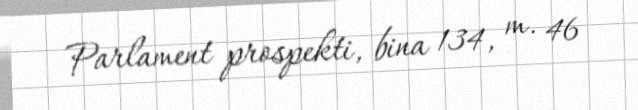
Parlament prospekti, bina 134, m. 46